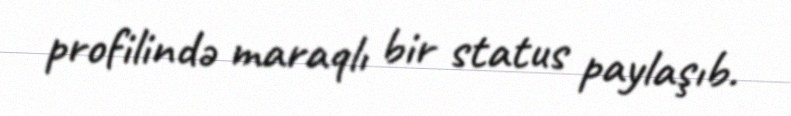
profilində maraqlı bir status paylaşıb.